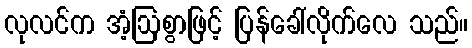
လုလင်က အံ့ဩစွာဖြင့် ပြန်ခေါ်လိုက်လေ သည်။